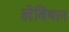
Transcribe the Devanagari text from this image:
लेविथान